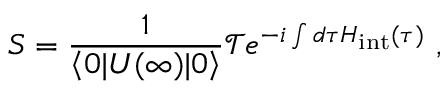
S = { \frac { 1 } { \left\langle 0 | U ( \infty ) | 0 \right\rangle } } { \mathcal { T } } e ^ { - i \int { d \tau H _ { \mathrm { { i n t } } } ( \tau ) } } ~ ,